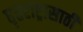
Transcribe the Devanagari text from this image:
धृतराष्ट्रासाठी